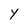
Character: Y